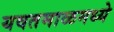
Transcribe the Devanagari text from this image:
यवतमाळमध्ये